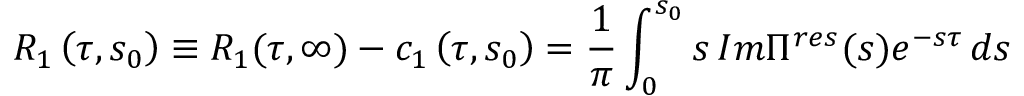
{ R } _ { 1 } \left( \tau , s _ { 0 } \right) \equiv { R } _ { 1 } ( \tau , \infty ) - c _ { 1 } \left( \tau , s _ { 0 } \right) = \frac { 1 } { \pi } \int _ { 0 } ^ { s _ { 0 } } s \, I m \Pi ^ { r e s } ( s ) e ^ { - s \tau } \, d s